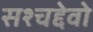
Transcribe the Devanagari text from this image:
सश्चद्देवो